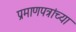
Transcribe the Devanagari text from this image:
प्रमाणपत्रांच्या